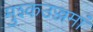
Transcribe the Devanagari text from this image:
मुश्कउज्जमां